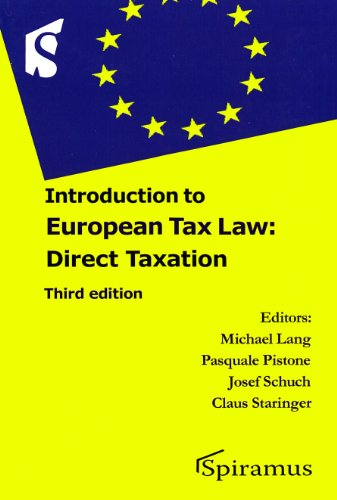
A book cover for Introduction to European Tax Law: Direct Taxation (Third Edition); Law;